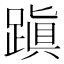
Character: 蹎